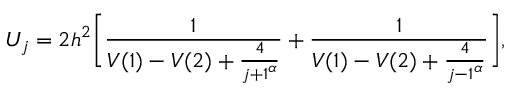
U _ { j } = 2 h ^ { 2 } \bigg [ \frac { 1 } { V ( 1 ) - V ( 2 ) + \frac { 4 } { { j + 1 } ^ { \alpha } } } + \frac { 1 } { V ( 1 ) - V ( 2 ) + \frac { 4 } { { j - 1 } ^ { \alpha } } } \bigg ] ,